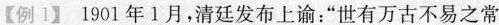
【例1】1901年1月，清廷发布上谕：”世有万古不易之常